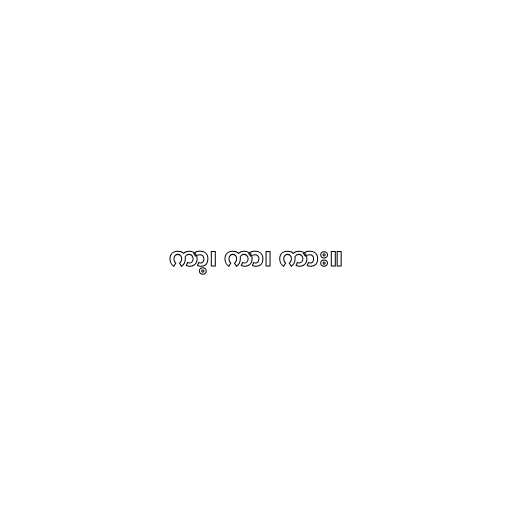
ကာ့၊ ကာ၊ ကား။